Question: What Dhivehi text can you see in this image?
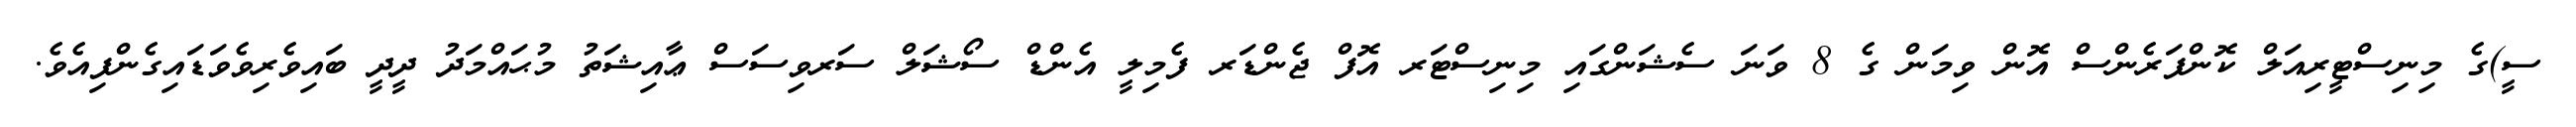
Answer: ސީ)ގެ މިނިސްޓީރިއަލް ކޮންފަރެންސް އޮން ވިމަން ގެ 8 ވަނަ ސެޝަންގައި މިނިސްޓަރ އޮފް ޖެންޑަރ ފެމިލީ އެންޑް ސޯޝަލް ސަރވިސަސް ޢާއިޝަތު މުޙައްމަދު ދީދީ ބައިވެރިވެވަޑައިގެންފިއެވެ.